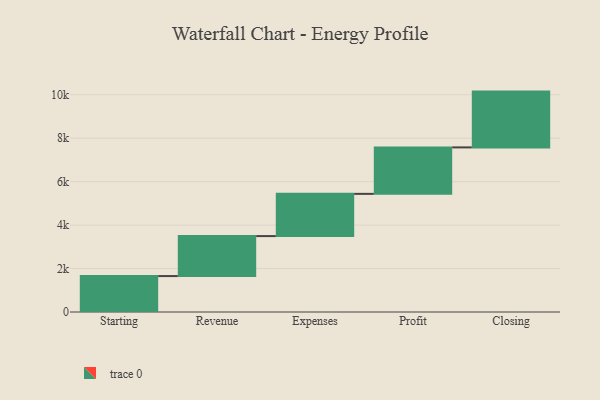
{"axis": {"x": "Step", "y": "Value"}, "legend": [""], "data": [{"x": "Starting", "y": 1654.0, "type": ""}, {"x": "Revenue", "y": 1840.0, "type": ""}, {"x": "Expenses", "y": 1944.0, "type": ""}, {"x": "Profit", "y": 2139.0, "type": ""}, {"x": "Closing", "y": 2568.0, "type": ""}]}